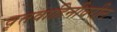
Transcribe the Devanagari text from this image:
वृत्तवाहिनीवरील